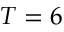
T = 6